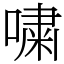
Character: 嘨